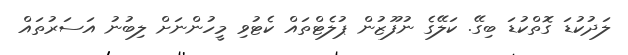
ލަދުކުޑަ ގޮތްކުޑަ ބިގޭ. ކަލޭގެ ނުފޫޒުން ޕުލެޓްތައް ކެޓުވި މީހުންނަށް ލިބުނު އަސަރުތައް